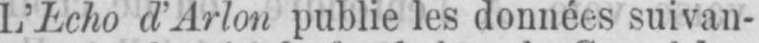
L’Echo d’Arlon publie les données suivan-